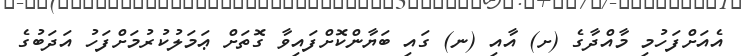
އެއަށްފަހުމި މާއްދާގެ (ށ) އާއި (ނ) ގައި ބަޔާންކޮށްފައިވާ ގޮތަށް ޢަމަލުކުރުމަށްފަހު އަދަބުގެ